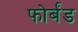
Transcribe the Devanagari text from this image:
फोर्बंड